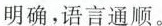
明确,语言通顺。